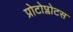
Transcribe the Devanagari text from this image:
प्रोटोप्लोटस